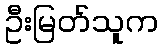
ဦးမြတ်သူက